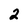
Character: 2